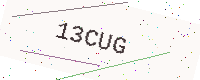
Text: 13CUG